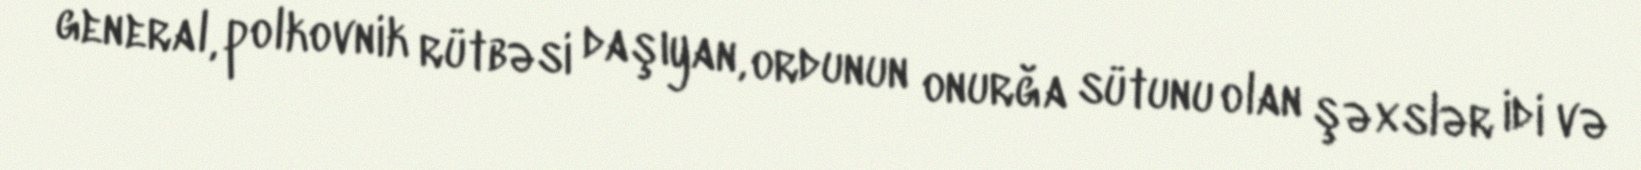
general, polkovnik rütbəsi daşıyan, ordunun onurğa sütunu olan şəxslər idi və